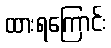
ထားရကြောင်း